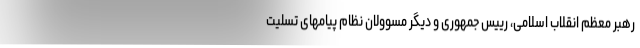
رهبر معظم انقلاب اسلامی، رییس جمهوری و دیگر مسوولان نظام پیامهای تسلیت